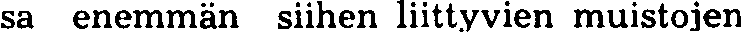
sa enemmän siihen liittyvien muistojen